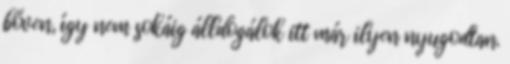
bőven, így nem sokáig álldogálok itt már ilyen nyugodtan.